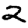
Digit: 2